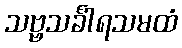
သဗ္ဗသင်္ခါရသမထံ